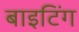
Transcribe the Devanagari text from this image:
बाइटिंग